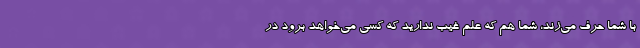
با شما حرف می‌زند، شما هم که علم غیب ندارید که کسی می‌خواهد برود در